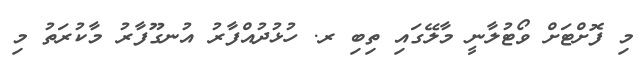
މި ފޮށްޓަށް ވޯޓުލާނީ މާލޭގައި ތިބި ރ. ހުޅުދުއްފާރު އުނގޫފާރު މާކުރަތު މި